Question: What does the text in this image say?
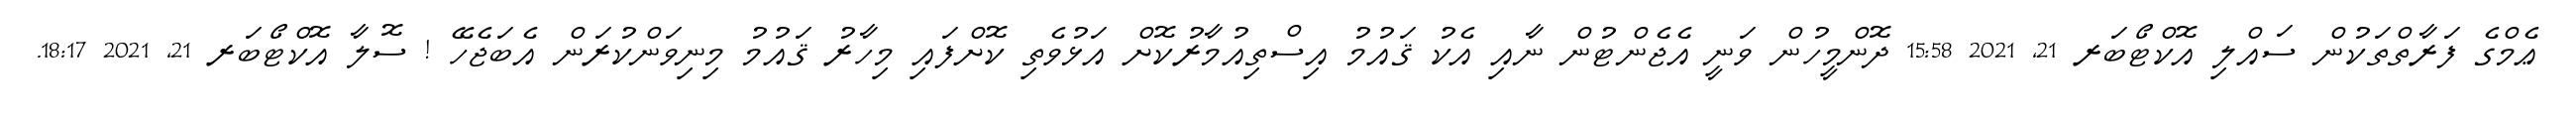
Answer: ޢެމްގެ ފަރާތްތަކުން ސައްލި އޮކްޓޯބަރ 21, 2021 15:58 ދޮންމީހުން ވަނީ އެޖެންޓުން ނާއި އެކު ޤައުމު އިސްތިއުމާރުކޮށް އަޅުވެތި ކޮށްފައި މިހާރު ޤައުމު މިނިވަންކުރަން އެބަޖެހޭ ! ސޮލާ އޮކްޓޯބަރ 21, 2021 18:17.